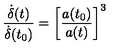
\frac { \dot { \delta } ( t ) } { \dot { \delta } ( t _ { 0 } ) } = \bigg [ \frac { a ( t _ { 0 } ) } { a ( t ) } \bigg ] ^ { 3 }